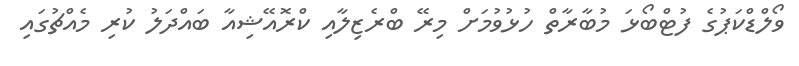
ވޯލްޑްކަޕުގެ ފުޓްބޯޅަ މުބާރާތް ހުޅުވުމަށް މިރޭ ބްރެޒިލާއި ކްރޮއޭޝިއާ ބައްދަލު ކުރި މެއްޗުގައި